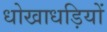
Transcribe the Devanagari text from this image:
धोखाधड़ियों